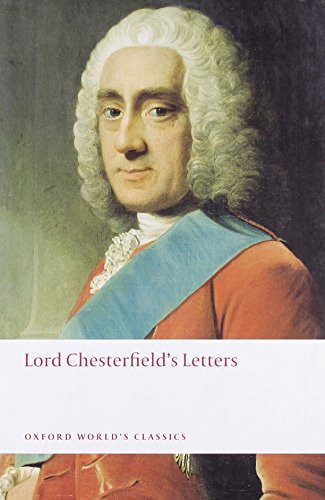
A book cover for Lord Chesterfield's Letters (Oxford World's Classics); Lord Chesterfield; Literature & Fiction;